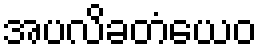
အပလိခတံယေဝ